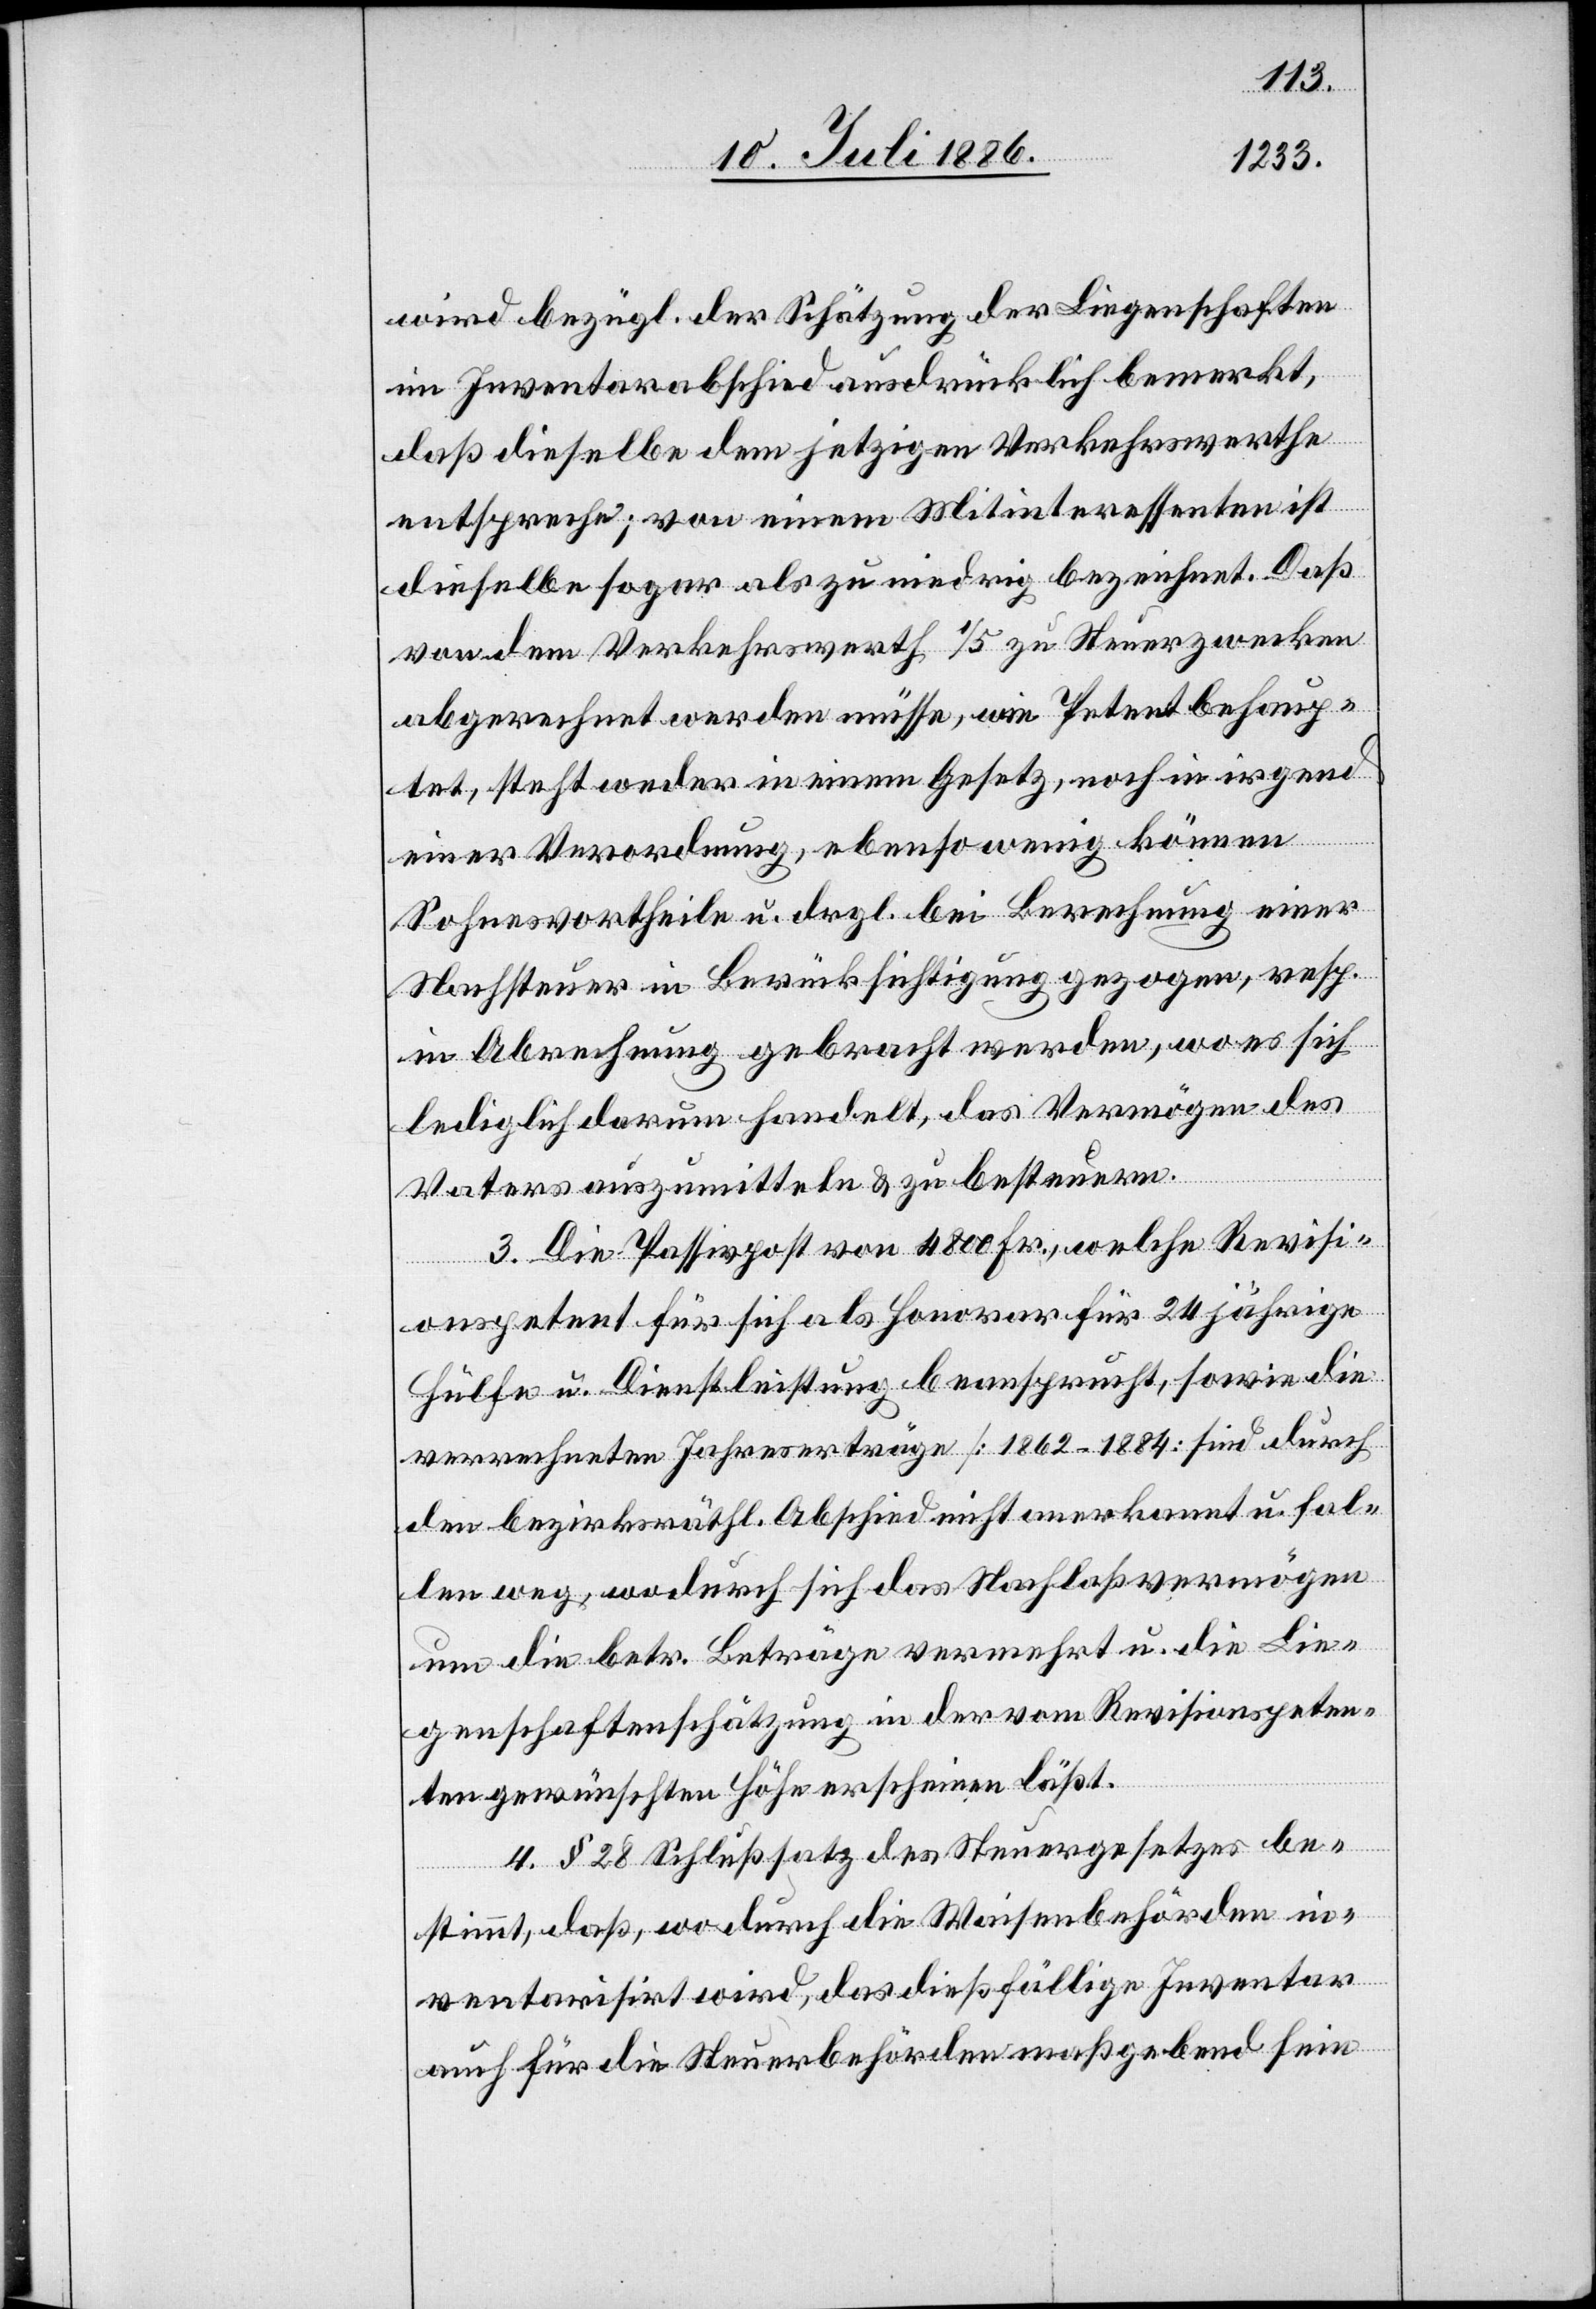
wird bezügl. der Schätzung der Liegenschaften
im Inventarabschied ausdrücklich bemerkt,
daß dieselbe dem jetzigen Verkehrswerthe
entspreche; von einem Mitinteressenten ist
dieselbe sogar als zu niedrig bezeichnet. Daß
von dem Verkehrswerth 1/5 zu Steuerzwecken
abgerechnet werden müsse, wie Petent behaup¬
tet, steht weder in einem Gesetz, noch in irgend
einer Verordnung, ebensowenig können
Sohnesvortheile u. drgl. bei Berechnung einer
Nachsteuer in Berücksichtigung gezogen, resp.
in Abrechnung gebracht werden, wo es sich
lediglich darum handelt, das Vermögen des
Vaters auszumitteln & zu besteuern.
3. Die Passivpost von 4800 Fr., welche Revisi¬
onspetent für sich als Honorar für 24jährige
Hülfe u. Dienstleistung beansprucht, sowie die
verrechneten Jahreserträge [1862–1884] sind durch
den bezirksräthl. Abschied nicht anerkannt u. fal¬
len weg, wodurch sich das Nachlaßvermögen
um die betr. Beträge vermehrt u. die Lie¬
genschaftenschätzung in der vom Revisionspeten¬
ten gewünschten Höhe erscheinen läßt.
4. § 28 Schlußsatz des Steuergesetzes be¬
stimmt, daß, wo durch die Waisenbehörden in¬
ventarisirt wird, das dießfällige Inventar
auch für die Steuerbehörden maßgebend sein